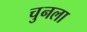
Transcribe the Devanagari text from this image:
चुनला